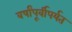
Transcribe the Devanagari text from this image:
वर्षांपूर्वीपर्यत